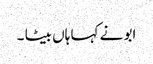
ابو نے کہا ہاں بیٹا ۔